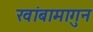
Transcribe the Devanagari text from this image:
खांबामागुन